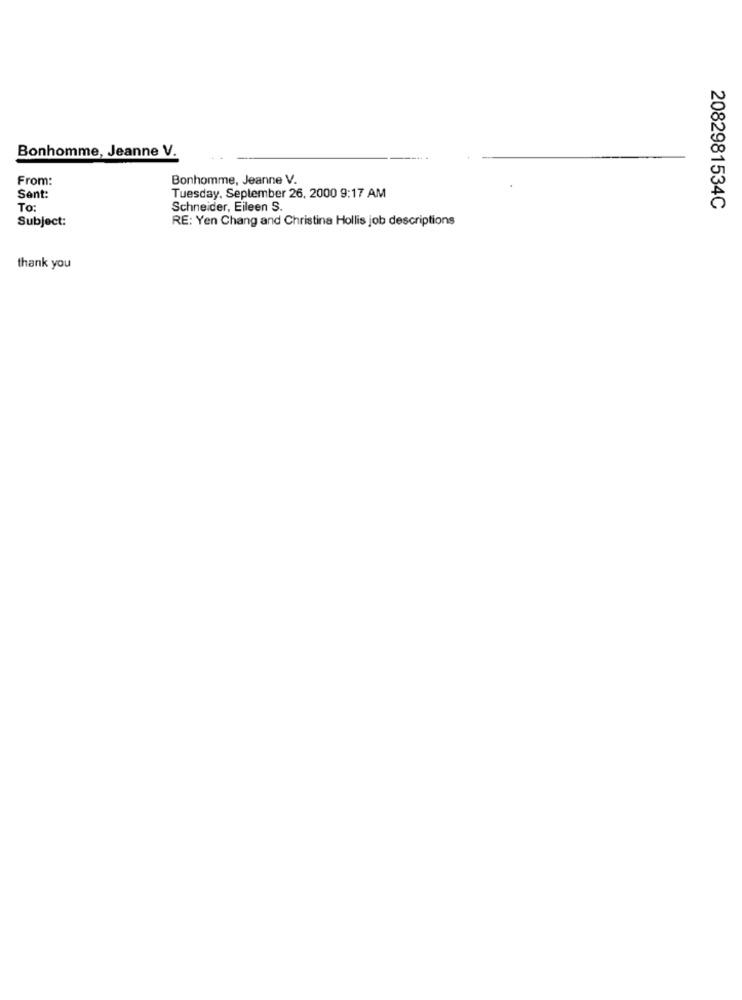
Bonhomme, Jeanne V.
From:
Bonhomme, Jeanne V.
Sent:
Tuesday, September 26, 2000 9:17 AM
To:
Schneider, Eileen S.
2082981534C
Subject:
RE: Yen Chang and Christina Hollis job descriptions
thank you